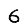
Digit: 6